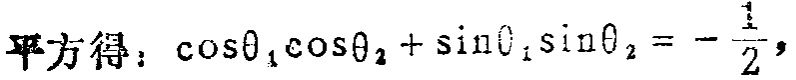
平方得：\(\cos\theta_{1}\cos\theta_{2}+\sin\theta_{1}\sin\theta_{2}=-\frac{1}{2}\)